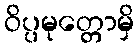
ဝိပ္ပမုတ္တောမှိ